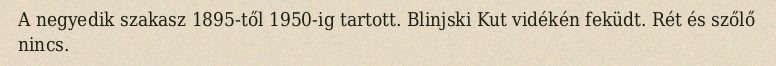
A negyedik szakasz 1895-től 1950-ig tartott. Blinjski Kut vidékén feküdt. Rét és szőlő nincs.